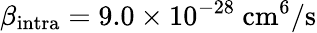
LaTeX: \beta_{\mathrm{{intra}}}=9.0\times 10^{-28}~\mathrm{{cm^{6}/s}}